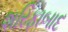
શરિફાબાદ